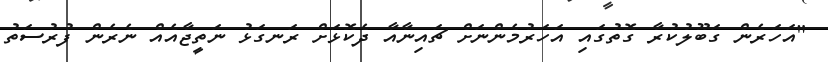
"އަހަރެން ގަބޫލުކުރާ ގޮތުގައި އަހަރުމެންނަށް ޗައިނާއާ ދެކޮޅަށް ރަނގަޅު ނަތީޖާއެއް ނެރެން ފުރުސަތު